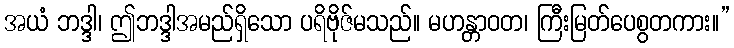
အယံ ဘဒ္ဒါ၊ ဤဘဒ္ဒါအမည်ရှိသော ပရိဗိုဇ်မသည်။ မဟန္တာဝတ၊ ကြီးမြတ်ပေစွတကား။”